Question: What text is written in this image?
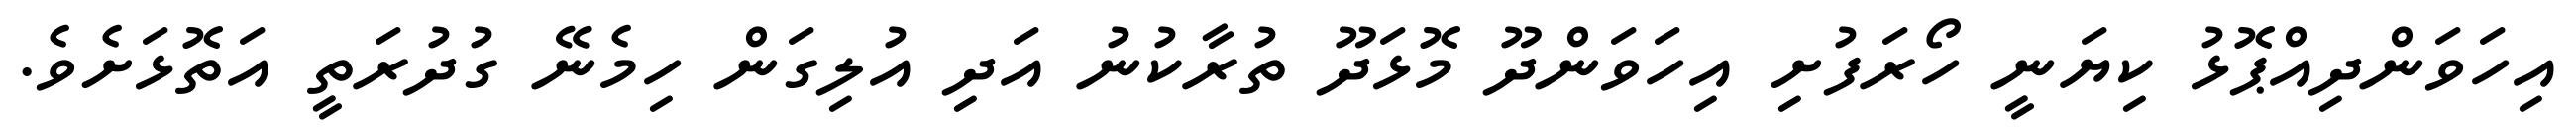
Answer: އިހަވަންދިއްޕޮޅު ކިޔަނީ ހޯރަފުށި އިހަވަންދޫ މޮޅަދޫ ތުރާކުނު އަދި އުލިގަން ހިމެނޭ ގުދުރަތީ އަތޮޅަށެވެ.